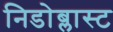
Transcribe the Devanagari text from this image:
निडोब्लास्ट